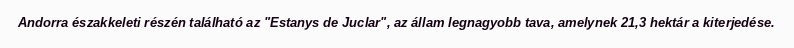
Andorra északkeleti részén található az "Estanys de Juclar", az állam legnagyobb tava, amelynek 21,3 hektár a kiterjedése.